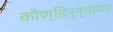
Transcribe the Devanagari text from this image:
कौण्डिन्न्यायन